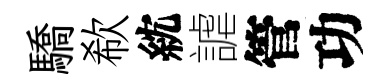
驕欷紞謔管功